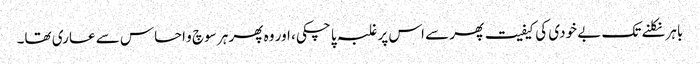
باہر نکلنے تک بے خودی کی کیفیت پھر سے اس پر غلبہ پا چکی، اور وہ پھر ہر سوچ و احساس سے عاری تھا۔